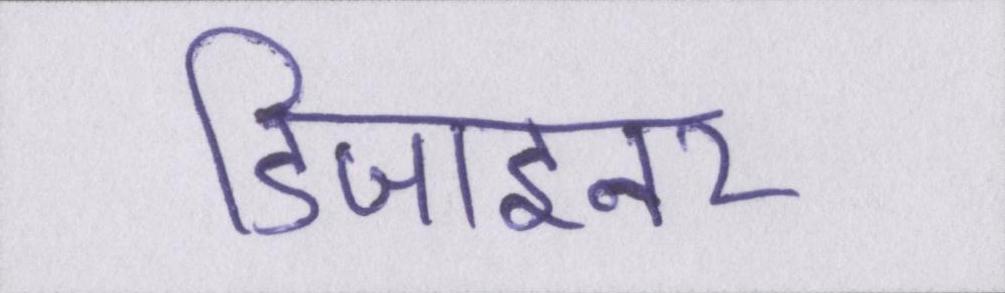
डिजाइनर